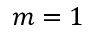
m = 1